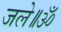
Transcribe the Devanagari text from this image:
जले॥ॐ